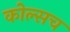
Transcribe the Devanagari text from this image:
कोल्सच